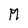
Character: M